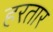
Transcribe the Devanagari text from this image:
हरतार